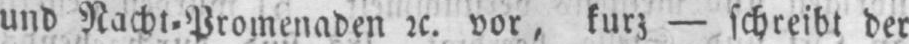
und Nacht⸗Promenaden etc. vor, kurz - schreibt der